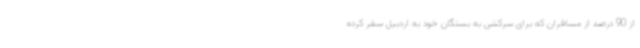
از 90 درصد از مسافران که برای سرکشی به بستگان خود به اردبیل سفر کرده